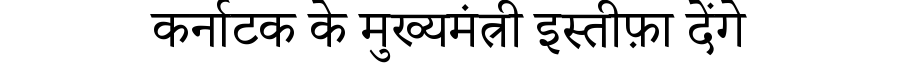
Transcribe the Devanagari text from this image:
कर्नाटक के मुख्यमंत्री इस्तीफ़ा देंगे